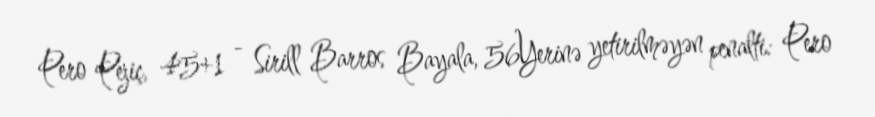
Pero Pejiç, 45+1 - Sirill Barros Bayala, 56Yerinə yetirilməyən penalti: Pero